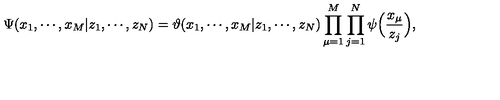
\Psi ( x _ { 1 } , \cdots , x _ { M } | z _ { 1 } , \cdots , z _ { N } ) = \vartheta ( x _ { 1 } , \cdots , x _ { M } | z _ { 1 } , \cdots , z _ { N } ) \prod _ { \mu = 1 } ^ { M } \prod _ { j = 1 } ^ { N } \psi \Bigl ( \frac { x _ { \mu } } { z _ { j } } \Bigr ) ,